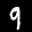
Label: 9